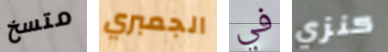
متسخ الجمبري في كنزي